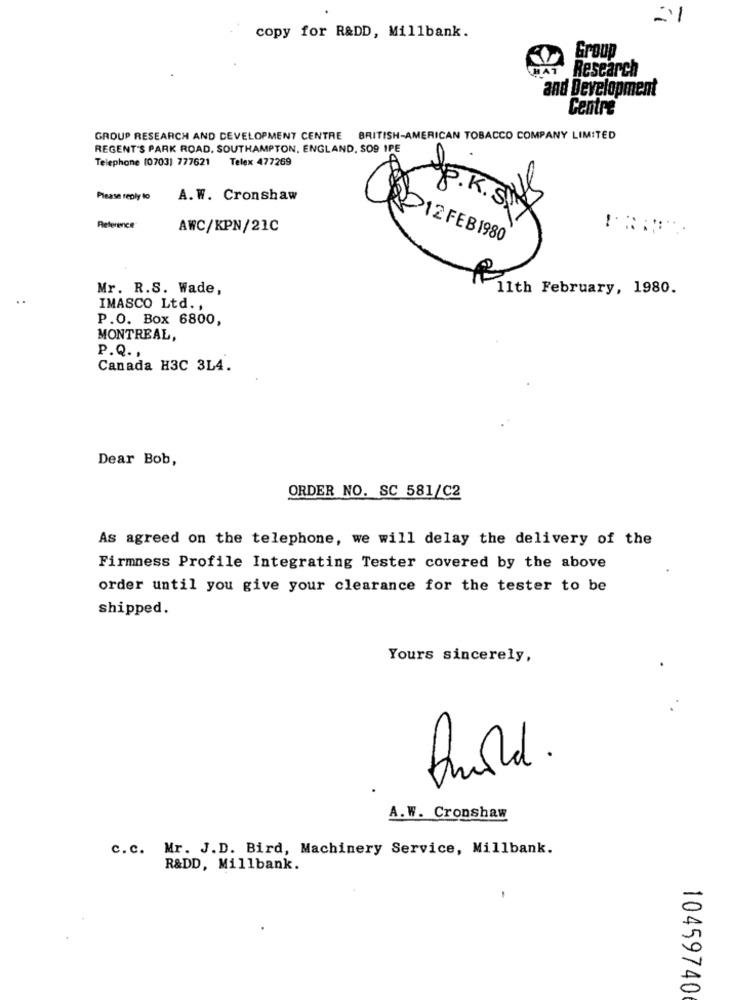
21
copy for R&DD, Millbank.
Group
Research
and Development
Centre
GROUP RESEARCH AND DEVELOPMENT CENTRE BRITISH-AMERICAN TOBACCO COMPANY LIMITED
REGENT'S PARK ROAD, SOUTHAMPTON, ENGLAND, $09 IPE
Telephone (0703) 777621 Telex 477269
Please reply to
A. W. Cronshaw
Reference
AWC/KPN/21C
>12 FEB1980
Mr. R.S. Wade,
11th February, 1980.
IMASCO Ltd. ,
P.O. Box 6800,
MONTREAL,
P.Q .,
Canada H3C 3L4.
Dear Bob,
ORDER NO. SC 581/C2
As agreed on the telephone, we will delay the delivery of the
Firmness Profile Integrating Tester covered by the above
order until you give your clearance for the tester to be
shipped.
Yours sincerely,
A.W. Cronshaw
c.c. Mr. J.D. Bird, Machinery Service, Millbank.
R&DD, Millbank.
10459740